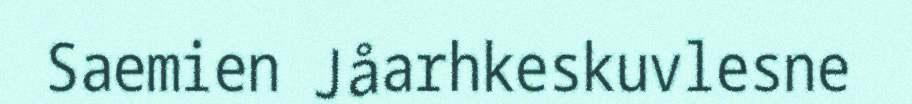
Saemien Jåarhkeskuvlesne